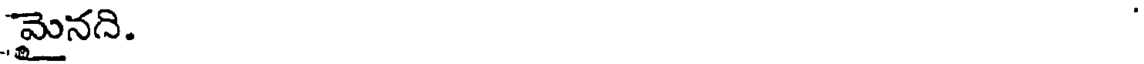
మైనది.